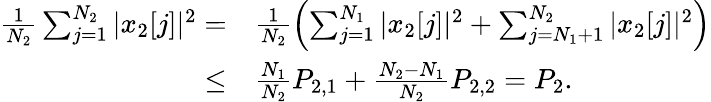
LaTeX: \begin{array}{rl}{\frac{1}{N_{2}}\sum_{j=1}^{N_{2}}|x_{2}[j]|^{2}=}&{\frac{1}{N_{2}}\left(\sum_{j=1}^{N_{1}}|x_{2}[j]|^{2}+\sum_{j=N_{1}+1}^{N_{2}}|x_{2}[j]|^{2}\right)}\\ {\leq}&{\frac{N_{1}}{N_{2}}P_{2,1}+\frac{N_{2}-N_{1}}{N_{2}}P_{2,2}=P_{2}.}\end{array}